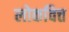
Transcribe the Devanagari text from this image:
लोकवित्त